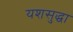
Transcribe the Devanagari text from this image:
यशसुद्धा